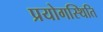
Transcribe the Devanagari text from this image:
प्रयोगस्थिति